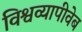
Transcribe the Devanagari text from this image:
विश्वव्यापीवेब